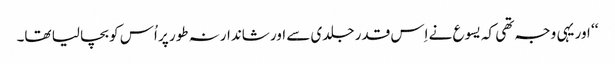
‘‘ اور یہی وجہ تھی کہ یسوع نے اِس قدر جلدی سے اور شاندارنہ طور پر اُس کو بچا لیا تھا۔